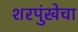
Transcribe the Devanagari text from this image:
शरपुंखेचा